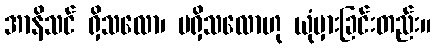
အာနိသင် ရှိသလော၊ မရှိသလောဟု ယုံမှားခြင်းတည်း။